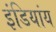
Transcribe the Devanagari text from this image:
इंडियांय